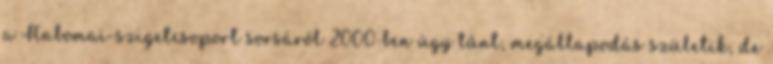
a Habomai-szigetcsoport sorsáról 2000-ben úgy tűnt, megállapodás születik, de